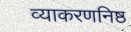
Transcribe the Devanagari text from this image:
व्याकरणनिष्ठ